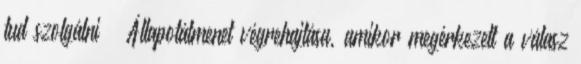
tud szolgálni – Állapotátmenet végrehajtása, amikor megérkezett a válasz